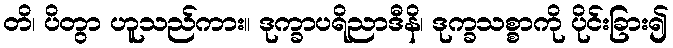
တိ၊ ပိတွာ ဟူသည်ကား။ ဒုက္ခာပရိညာဒီနိ၊ ဒုက္ခသစ္စာကို ပိုင်းခြား၍